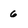
Character: 6